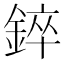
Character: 錊